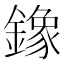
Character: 鐌